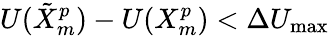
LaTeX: U(\tilde{X}_{m}^{p})-U(X_{m}^{p})<\Delta U_{\textrm{max}}